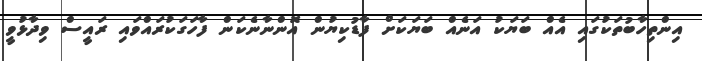
އިންތިހާބުތަކުގައި އެއް ބަޔަކު އަނެއް ބަޔަކަށް ފާޑުކިޔުން އޮންނާނެކަން ފާހަގަކުރައްވައި ރައީސް ވިދާޅުވީ